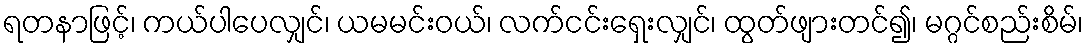
ရတနာဖြင့်၊ ကယ်ပါပေလျှင်၊ ယမမင်းဝယ်၊ လက်ငင်းရှေးလျှင်၊ ထွတ်ဖျားတင်၍၊ မဂ္ဂင်စည်းစိမ်၊